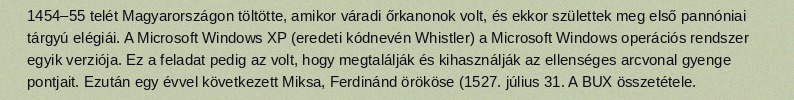
1454–55 telét Magyarországon töltötte, amikor váradi őrkanonok volt, és ekkor születtek meg első pannóniai tárgyú elégiái. A Microsoft Windows XP (eredeti kódnevén Whistler) a Microsoft Windows operációs rendszer egyik verziója. Ez a feladat pedig az volt, hogy megtalálják és kihasználják az ellenséges arcvonal gyenge pontjait. Ezután egy évvel következett Miksa, Ferdinánd örököse (1527. július 31. A BUX összetétele.